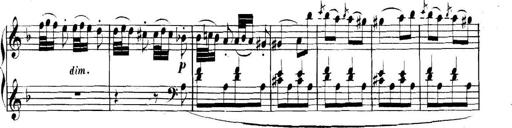
Title: Collected Piano Sonatas
Composer: Muzio Clementi